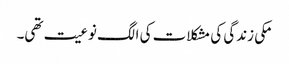
مکی زندگی کی مشکلات کی الگ نوعیت تھی۔